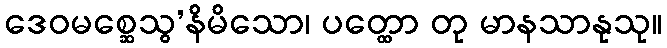
ဒေဝမစ္ဆေသွ’နိမိသော၊ ပတ္ထော တု မာနသာနုသု။